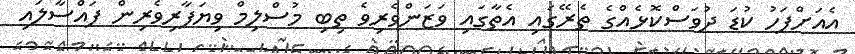
އެއަށްފަހު ކުޑަ ދުވަސްކޮޅެއްގެ ތެރޭގައި އެތާގައި ވަޒަންވެރިވެ ތިބި މުސްލިމް ވިޔަފާރިވެރިން ފައްސާލައި